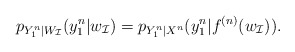
\begin{align*}p_{Y_1^n|W_\mathcal{I}}(y_1^n|w_\mathcal{I}) = p_{Y_1^n|X^n}(y_1^n|f^{(n)}(w_\mathcal{I})). \end{align*}